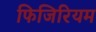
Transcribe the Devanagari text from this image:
फिजिरियम